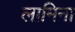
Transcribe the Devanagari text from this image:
लामिना